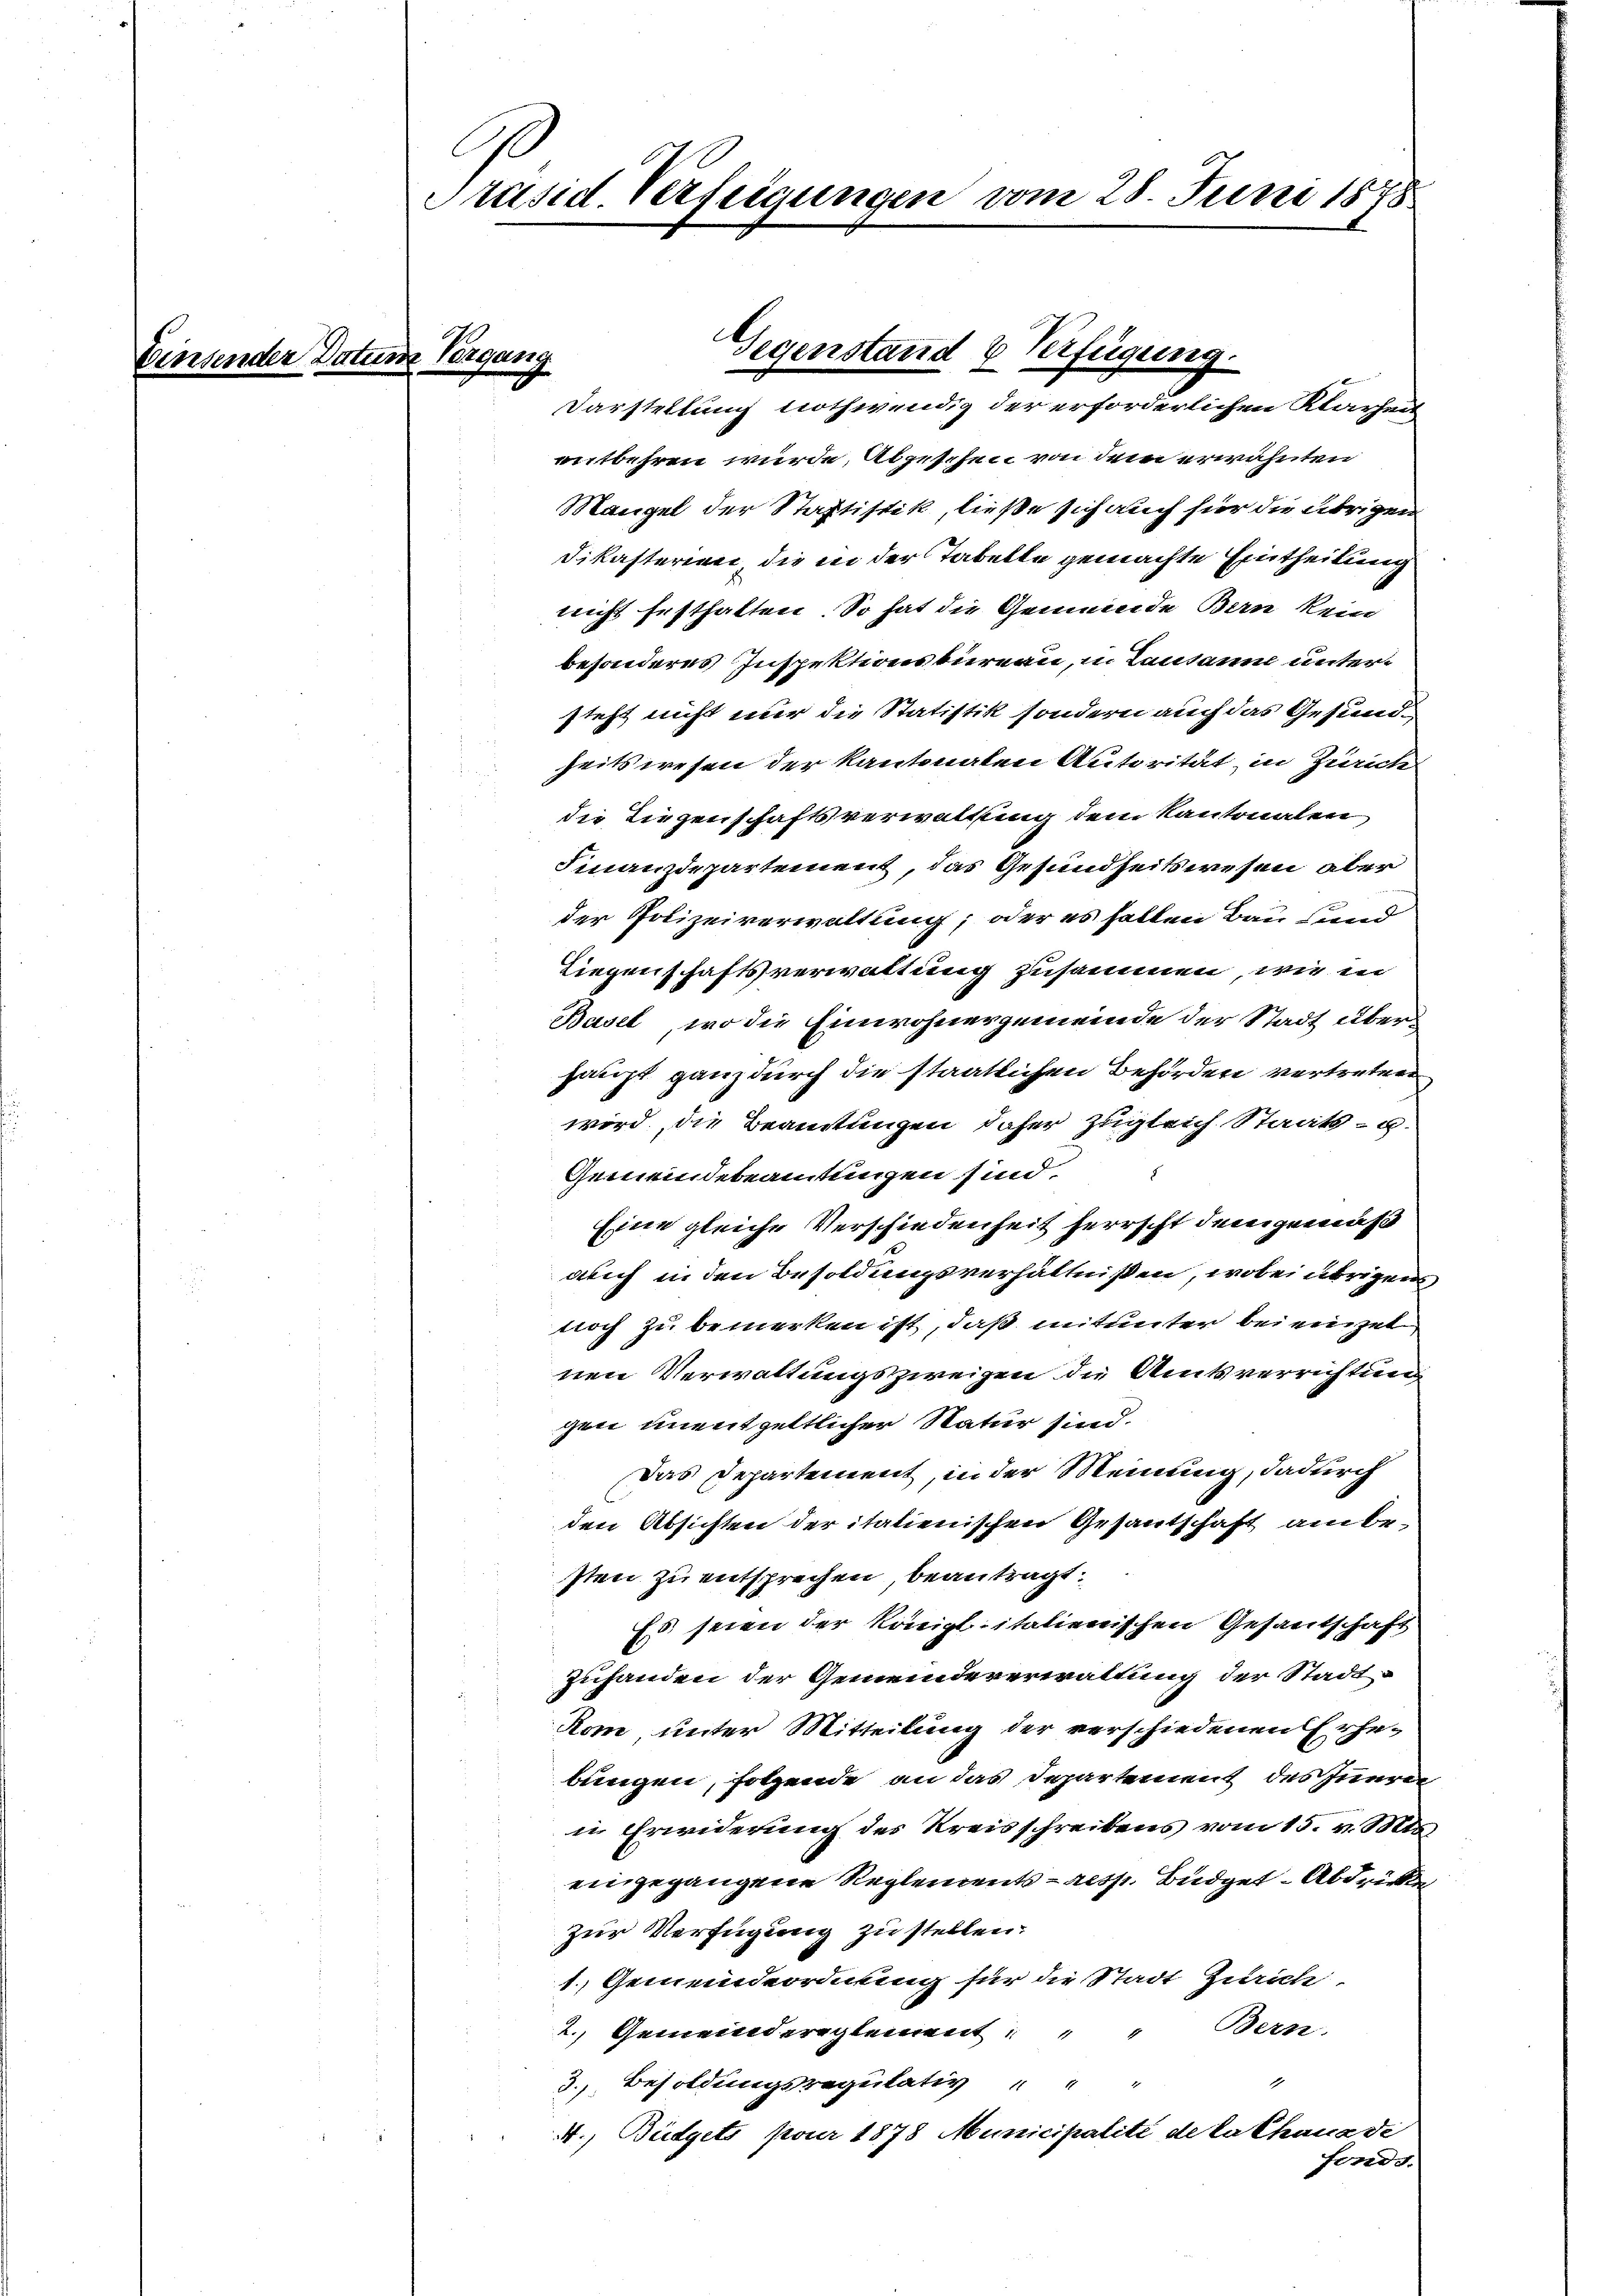
Einsender Datum Vergang

Präsid. Verfeigungen vom 28. Juni 1878

Gegenstand & Verfügung.
Darstellung nothwendig der erforderlichen Klarheit

entbehren wurde, Abzeschen von dem erwähnten
Mangel der Staptistik, ließe sich auch fier die übrigen
Dikasterien, die in der Tabelle gemachte Eintheilung
nicht festhalten. So hat die Gemeinde Bern kein
besonderes Inspektionsbüreau, in Lausanne untersteht nicht nur die Statistik sondern auch das Gesundheitswesen der Kantonalen Autorität, in Zürich
die Liegenschaftsverwaltung dem Kantonalen
Finanzdepartement, das Gesundheitswesen, aber
der Polizeiverwaltung; oder es hatten Bau und
Liegenschaftsverwaltung zusammen, wie in
Basel, wo die Einwohnergemeinde der Stadt überhaupt ganz durch die staatlichen Behörden vertreten
wird, die Beamtungen daher zugleich Staats- u.
Gemeindebeamtungen sind.
Eine gleiche Verschiedenheit herrscht dem gemäß
auch in den Besoldungsverhältnißen, wobei übrigens,
noch zu bemerken ist, daß mitunter bei einzel
nen Verwaltungszweigen die Amtsverrichtung
gen unentgeltlicher Natur sind.
Das Departement, in der Meinung, dadurch
den Absichten der italienischen Gesantschaft anbesten zu entsprechen, beantragt.
Es seien der Königl italienischen Gesantschaft
Zuhanden der Gemeindeverwaltung der Stadt¬
Kom unter Mitteilung der verschiedenen Erhe-
bingen, sotzende an das Departement des Innerer
in Erwiderung des Kreisschreibens vom 15. v. Mts.
eingegangene Reglements - resp. Büdget- Abdrüke
zur Verfügung zu stellen.
1. Gemeindeordnung für die Stadt Zürich.
Bern.
2. Gemeindereglement " " 4
3. Besoldungsregulativ " " "
1
A., Büdgets pour 1878 Municipalité de la Chaus di
Fonds.